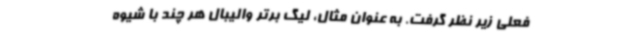
فعلی زیر نظر گرفت. به عنوان ‌مثال، لیگ برتر والیبال هر چند با شیوه